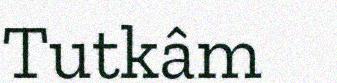
Tutkâm